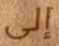
إلى